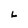
Character: L